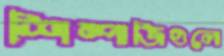
শিম্পাজিগুলো